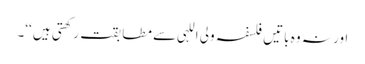
اور نہ وہ باتیں فلسفہ ولی اللہی سے مطابقت رکھتی ہیں ‘‘۔